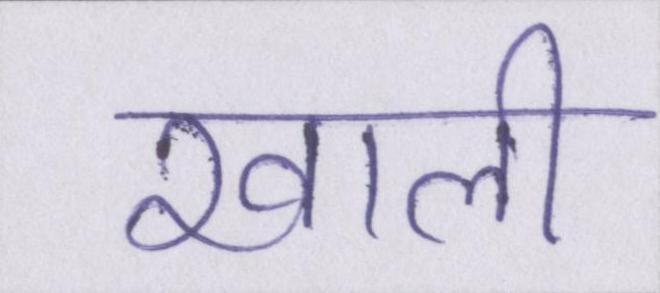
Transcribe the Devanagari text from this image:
खाली